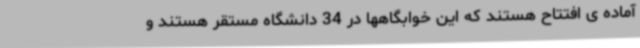
آماده ی افتتاح هستند که این خوابگاهها در 34 دانشگاه مستقر هستند و